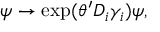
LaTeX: \psi \rightarrow \exp ( \theta ^ { \prime } D _ { i } \gamma _ { i } ) \psi ,